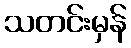
သတင်းမှန်